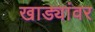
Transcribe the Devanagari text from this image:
खाड्यांवर